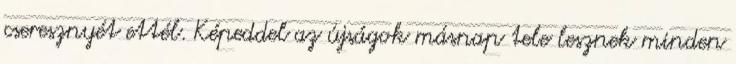
cseresznyét ettél. Képeddel az újságok másnap tele lesznek minden